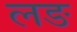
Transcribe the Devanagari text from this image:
लङ